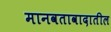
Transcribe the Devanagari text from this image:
मानवतावादातील